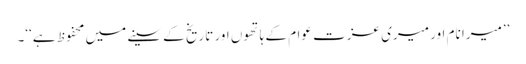
’’میرا نام اور میری عزت عوام کے ہاتھوں اور تاریخ کے سینے میں محفوظ ہے‘‘۔